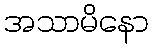
အသာမိနော